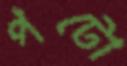
পটো